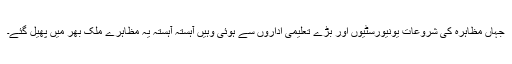
جہاں مظاہرہ کی شروعات یونیورسٹیوں اور بڑے تعلیمی اداروں سے ہوئی وہیں آہستہ آہستہ یہ مظاہرے ملک بھر میں پھیل گئے۔